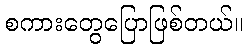
စကားတွေပြောဖြစ်တယ်။